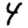
Digit: 4